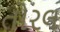
તોરલ